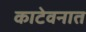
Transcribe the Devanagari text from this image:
काटेवनात